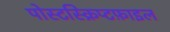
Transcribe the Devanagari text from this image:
पोस्टस्क्रिप्टफ़ाइल